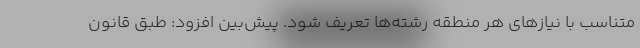
متناسب با نیازهای هر منطقه رشته‌ها تعریف شود. پیش‌بین افزود: طبق قانون